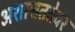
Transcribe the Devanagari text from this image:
अशाश्वततेवर